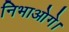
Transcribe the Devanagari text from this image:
निभाओगे।